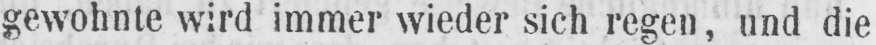
gewohnte wird immer wieder sich regen, und die